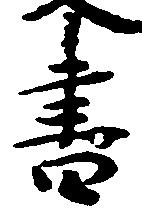
書